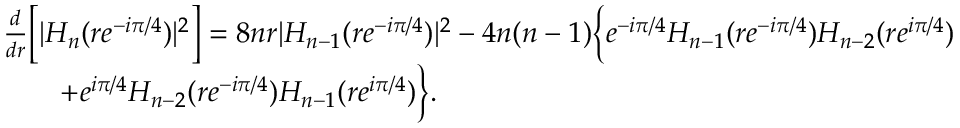
\begin{array} { r l } & { \frac d { d r } \Big [ | H _ { n } ( r e ^ { - i \pi / 4 } ) | ^ { 2 } \Big ] = 8 n r | H _ { n - 1 } ( r e ^ { - i \pi / 4 } ) | ^ { 2 } - 4 n ( n - 1 ) \Big \{ e ^ { - i \pi / 4 } H _ { n - 1 } ( r e ^ { - i \pi / 4 } ) H _ { n - 2 } ( r e ^ { i \pi / 4 } ) } \\ & { \qquad + e ^ { i \pi / 4 } H _ { n - 2 } ( r e ^ { - i \pi / 4 } ) H _ { n - 1 } ( r e ^ { i \pi / 4 } ) \Big \} . } \end{array}